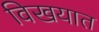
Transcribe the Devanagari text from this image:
विखयात